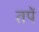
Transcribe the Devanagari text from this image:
तपें